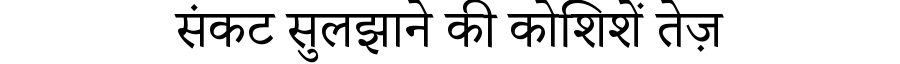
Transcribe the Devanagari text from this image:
संकट सुलझाने की कोशिशें तेज़